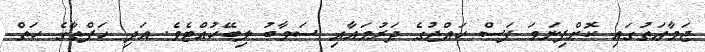
ޖަމާޢަތުގައި ކޮށްފިނަމަ ފަސް ޙައްޖުގެ ދަރުމައާއި ސަވާބު ލިބޭހުއްޓެވެ. އަދި ހަފްތާގެ ހަތް